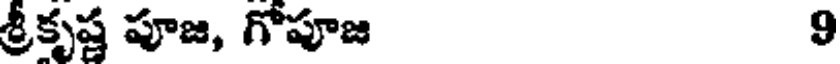
శ్రీకృష్ణ పూజ, గోపూజ 9